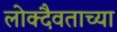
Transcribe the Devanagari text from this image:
लोक्दैवताच्या